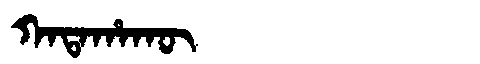
Manchu: ᡴᠠᡨᠠᡥᠠᡴᡡ
Romanization: KATAHAKŪ